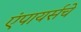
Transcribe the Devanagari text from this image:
एंपायर्सचे